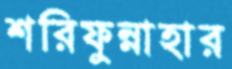
শরিফুন্নাহার